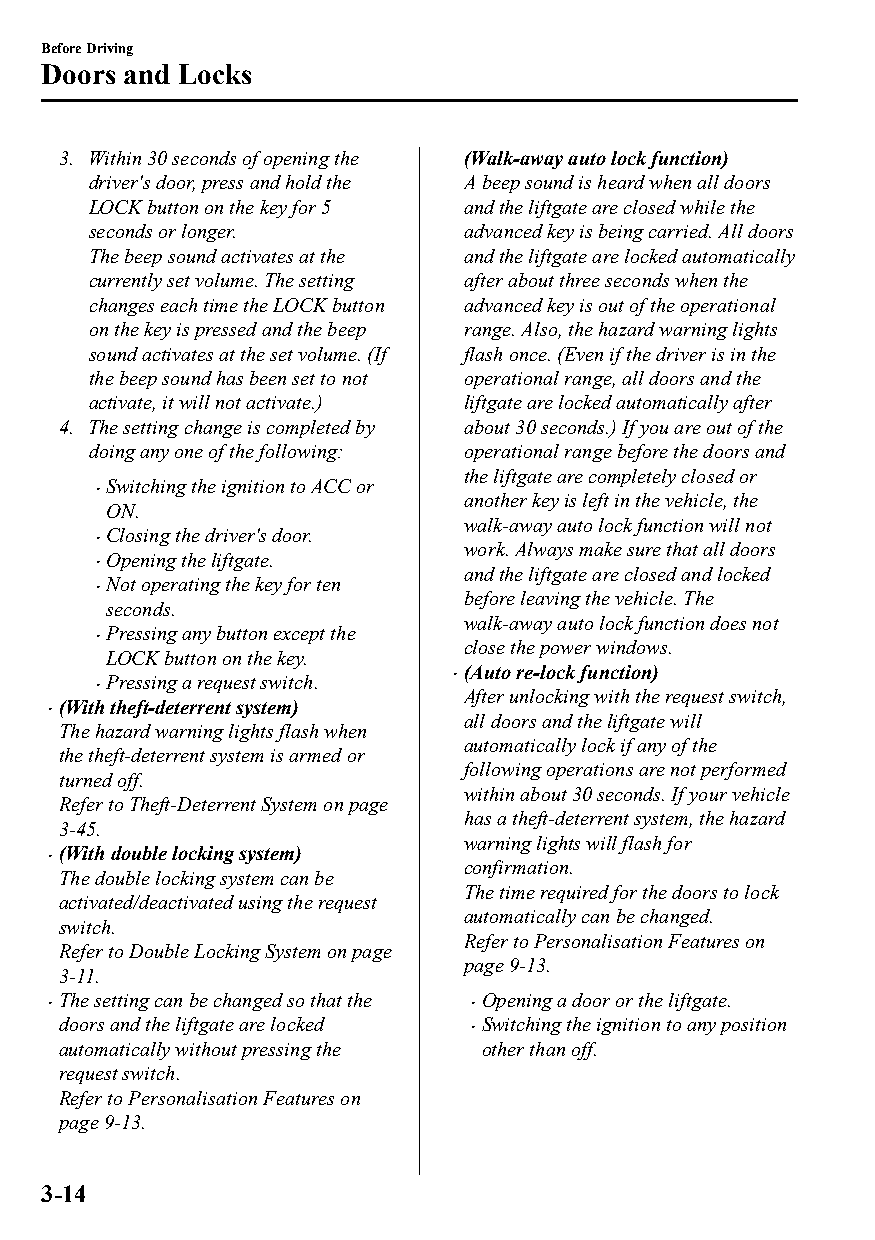
Before Driving
 Doors and Locks
 3. Within 30 seconds of opening the (Walk-away auto lock function)
 driver's door, press and hold the A beep sound is heard when all doors
 LOCK button on the key for 5 and the liftgate are closed while the
 seconds or longer.      advanced key is being carried. All doors
 The beep sound activates at the and the liftgate are locked automatically
 currently set volume. The setting after about three seconds when the
 changes each time the LOCK button advanced key is out of the operational
 on the key is pressed and the beep range. Also, the hazard warning lights
 sound activates at the set volume. (If flash once. (Even if the driver is in the
 the beep sound has been set to not operational range, all doors and the
 activate, it will not activate.) liftgate are locked automatically after
 4. The setting change is completed by about 30 seconds.) If you are out of the
 doing any one of the following: operational range before the doors and
 the liftgate are completely closed or
 Switching the ignition to ACC or
 
 another key is left in the vehicle, the
 ON.
 walk-away auto lock function will not
 Closing the driver's door.
 
 work. Always make sure that all doors
 Opening the liftgate.
 
 and the liftgate are closed and locked
 Not operating the key for ten
 
 before leaving the vehicle. The
 seconds.
 walk-away auto lock function does not
 Pressing any button except the
                        close the power windows.
 LOCK button on the key.
 (Auto re-lock function)
 Pressing a request switch. 
 
 After unlocking with the request switch,
 (With theft-deterrent system)
 
 all doors and the liftgate will
 The hazard warning lights flash when
 automatically lock if any of the
 the theft-deterrent system is armed or
 following operations are not performed
 turned off.
 within about 30 seconds. If your vehicle
 Refer to Theft-Deterrent System on page
 has a theft-deterrent system, the hazard
 3-45.
 warning lights will flash for
 (With double locking system)
 
 confirmation.
 The double locking system can be
 The time required for the doors to lock
 activated/deactivated using the request
 automatically can be changed.
 switch.
 Refer to Personalisation Features on
 Refer to Double Locking System on page
 page 9-13.
 3-11.
 The setting can be changed so that the Opening a door or the liftgate.
                            
 doors and the liftgate are locked Switching the ignition to any position
 
 automatically without pressing the other than off.
 request switch.
 Refer to Personalisation Features on
 page 9-13.
 3-14
 CX-3_8GT4-EE-18D_Edition4                  2018-9-6 18:32:19